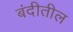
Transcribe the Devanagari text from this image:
बंदीतील